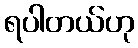
ရပါတယ်ဟု